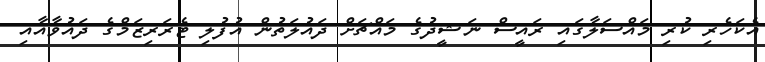
އެކަހެރި ކުރި މައްސަލާގައި ރައީސް ނަޝީދުގެ މައްޗަށް ދައުލަތުން އުފުލި ޓެރަރިޒަމްގެ ދައުވާއާއި